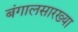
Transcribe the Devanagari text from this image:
बंगालसारख्या